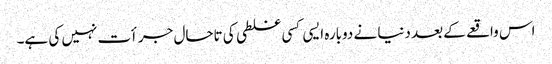
اس واقعے کے بعد دنیا نے دوبارہ ایسی کسی غلطی کی تاحال جرأت نہیں کی ہے۔